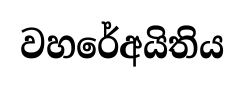
වහරේඅයිතිය